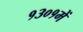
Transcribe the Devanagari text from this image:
१३०१में